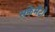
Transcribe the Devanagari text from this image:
सक्रेमेंटो